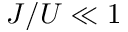
J / U \ll 1